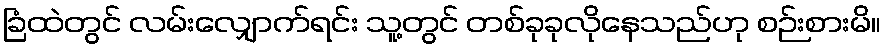
ခြံထဲတွင် လမ်းလျှောက်ရင်း သူ့တွင် တစ်ခုခုလိုနေသည်ဟု စဉ်းစားမိ။